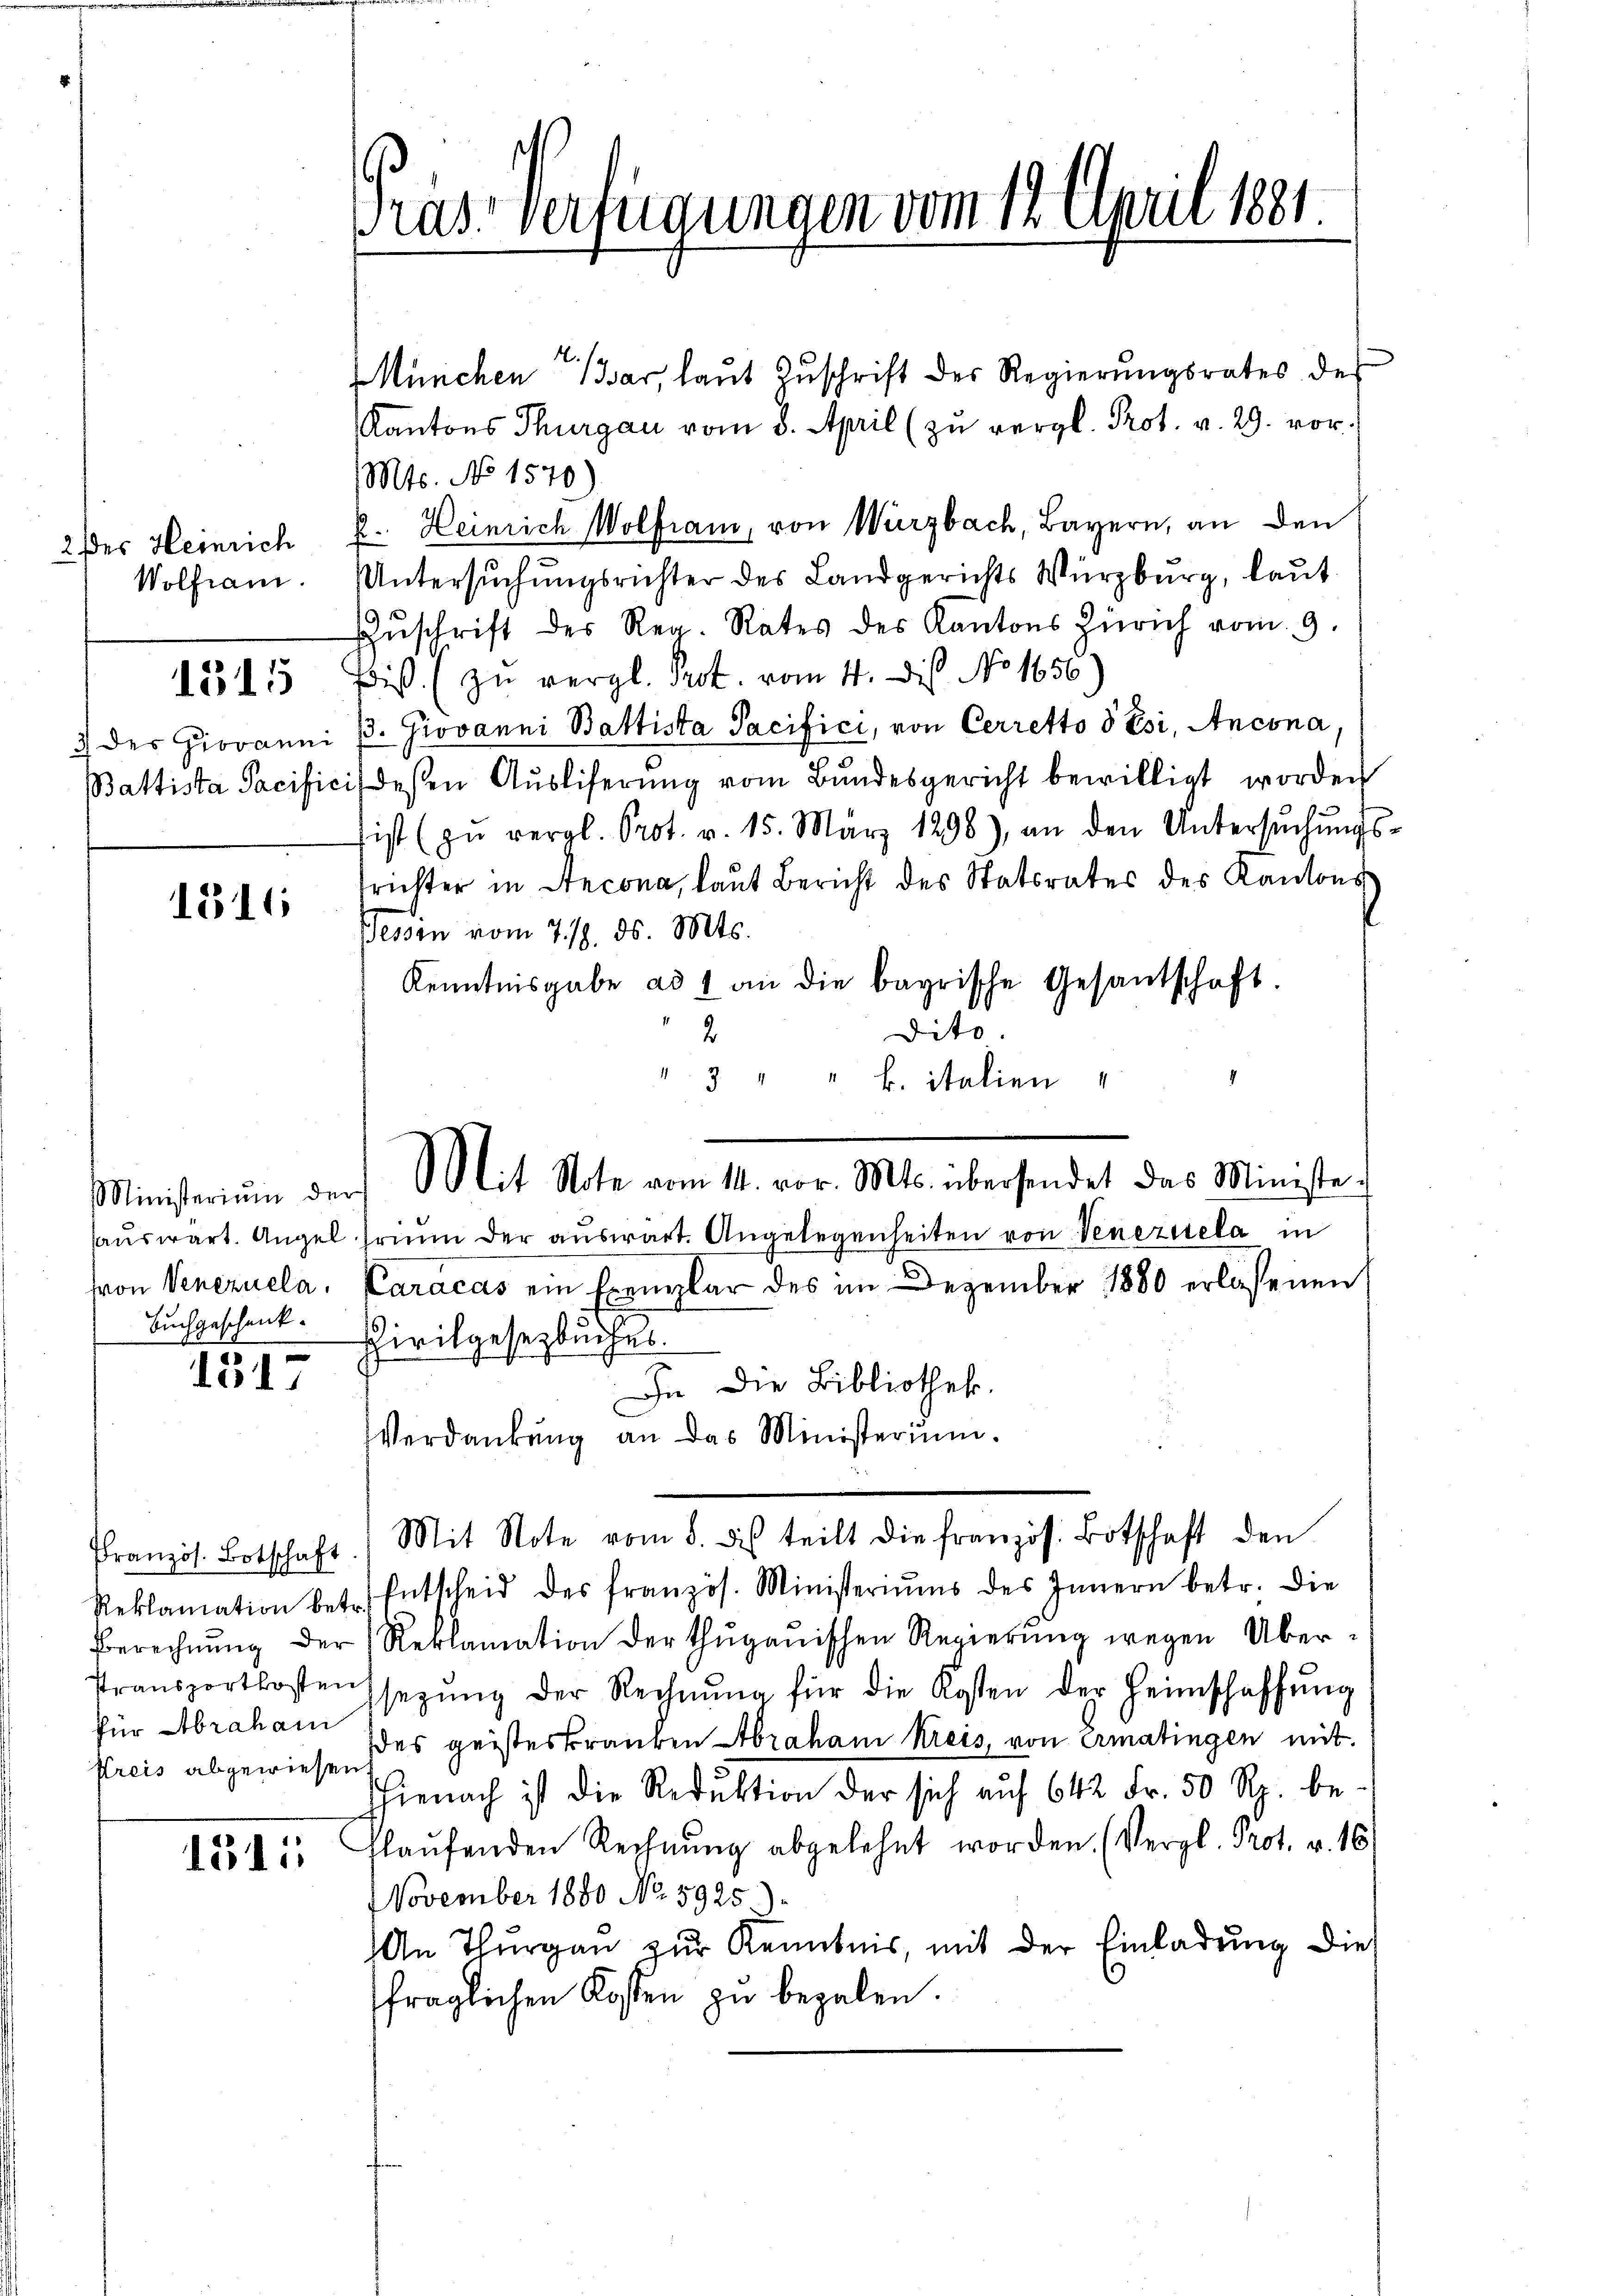
2 der Heinrich
Wolfram
13115
3 des Giovanni
Battista Sacific

1316

Ministerium der
hron Venezuela.

1317

Französ. Botschaft.
Berechnung der
für Abraham
Preis abgewiesen

1315

Drus Verfügungen vom 12 April 1881.

München dar, laŭt Zŭschrift des Regierŭngsrates des
Kantons Thurgau vom 8. April (zu vergl. Prot. v. 29. vor.
Mts. No 1570.
2: Heinrich Wolfram, von Würzbach, Bayern, an den
UUntersuchungsrichter des Landgerichts Würzburg, laut
Zŭschrift der Reg. Rates des Kantons Zürich vom 9.
Biß. (zu vergl. Prot. vom 4. Dis No 1656
. Giovanni Battista Pacifici, von Cerretto 5 Esi, Ancona,
deßen Aŭsliferŭng vom Bundesgericht bewilligt worden
ist (zŭ vergl. Prot. v. 15. März 1898), an den Untersŭchŭngs-
frichter in Recona, laut Bericht des Statsrates des Kantons
Bessen vom 7./9. ds. Mts.
Kenntnisgabe ad 1 an die bayrische Gesandschaft.
dito
2
434
b. italien
haŭswart. Angel hin der auswart. Angelegenheiten von Venezisela in
Caracas ein Exemplar des im Dezember 1880 erlassenen
Buchgeschenk. Zivilgesetzbuches.
In die Bibliothek.
Verdankŭng an das Ministerium.
Mit Note vom 8. des teilt die französ. Botschaft den
Reklamation betr. Entscheid des französ. Ministeriŭms des Innern betr. die
Reklamation der thugauischen Regierung wegen Überttransportkostenz setzŭng der Rechnŭng für die Kosten der Heimschaffŭng
es geisteskranken Abraham Kreis, von Ermatingen mit
hienach ist die Reduktion der sich auf 642 Fr. 50 Rp. be-
laŭfenden Rechnŭng abgelehnt worden. (Vergl. Prot. v. 161
November 1880 No 5925
An Thurgau zur Kenntnis, mit der Einladung die
fraglichen Kosten zu bezalen.

Mit Note vom 14. vor. Mts. übersendet das Ministe-